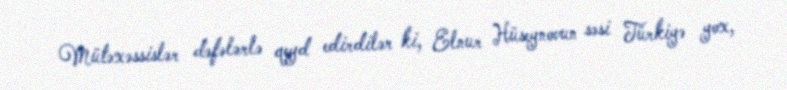
Mütəxəssislər dəfələrlə qeyd edirdilər ki, Elnur Hüseynovun səsi Türkiyə yox,